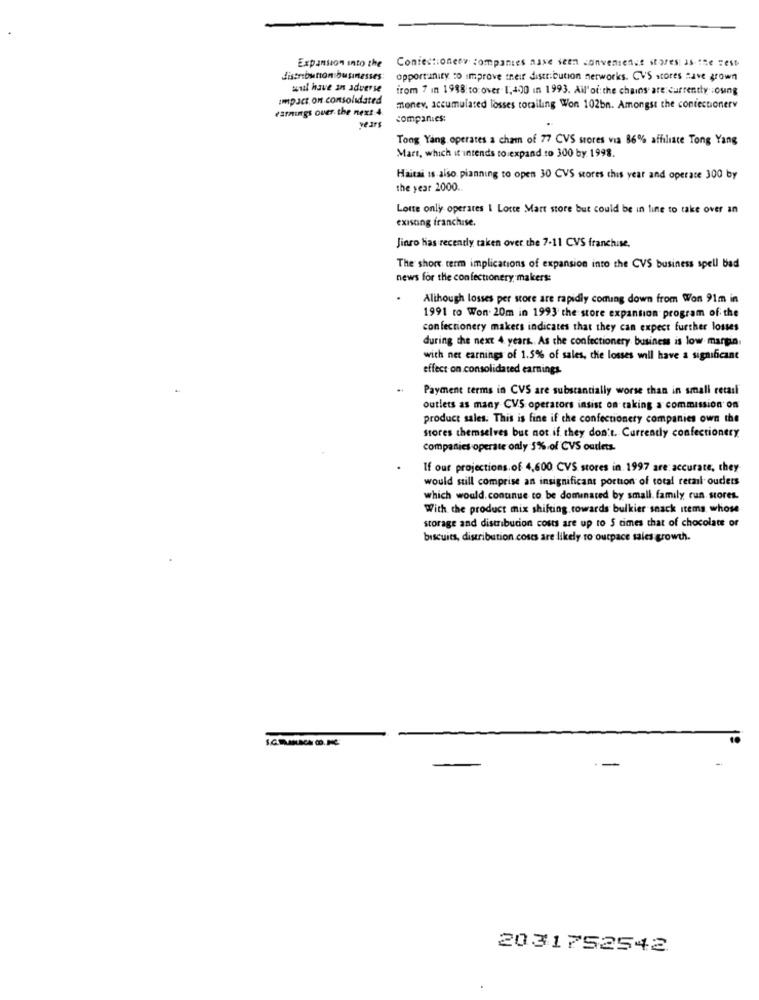
Expansion into the
Confectionery companies asse seen convenience stores as the sest
distribution businesses;
opportunity to improve their distribution networks. CVS stores Have grown
wul have an adverse
from 7 in 1988 to over 1;400 in 1993. All'od: the chains are currently :osing
impact on consolidated
earnings ouer. the next 4.
money, accumulated losses totalling Won 102bn. Amongst the confectionery
companies:
years
Tong Yang operates a cham of 77 CVS stores via 86% affiliate Tong Yang
Mart, which it intends to expand to 300 by. 1998.
Haitai Is also pianning to open 30 CVS stores this year and operace 300 by
the year 2000 ..
Lotte only operates I Lotte Mart store but could be in line to take over an
existing franchise.
Jinro has recently taken over the 7-11 CVS franchise.
The short term implications of expansion into the CVS business spell bad
news for the confectionery makers:
Although losses per store are rapidly coming down from Won 91m in
1991 ro Won 20m in 1993 the store expansion program of the
confectionery makers indicates that they can expect further losses
during the next 4 years. As the confectionery business is low margin.
with net earnings of 1.5% of sales, che losses will have a significant
effect on consolidated earnings.
Payment terms in CVS are substantially worse than in small retail
outlets as many CVS operators insist on taking a commission on
product sales. This is fine if the confectionery companies own the
stores themselves but not. if they don't. Currently confectionery
companies operate only 5% of CVS outlets.
If our projections.of 4,600 CVS stores in 1997 are: accurate, they
would still comprise an insignificant portion of total retail ouders
which would. continue to be dominated by small family run. stores.
With the product mix shifting. towards bulkier snack items, whose
storage and distribution costs are up to 5 times that of chocolate or
biscuits, distribution.costs are likely to ourpace sales growth.
2031752542